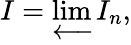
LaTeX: I=\varprojlim I_{n},